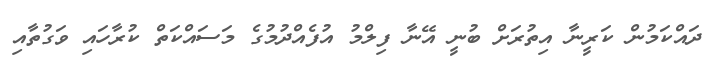
ދައްކަމުން ކަރީނާ އިތުރަށް ބުނީ އޭނާ ފިލްމު އުފެއްދުމުގެ މަސައްކަތް ކުރާހައި ވަގުތާއި